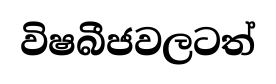
විෂබීජවලටත්